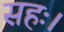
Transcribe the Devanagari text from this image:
सहः।